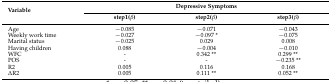
| <ROWSPAN=2> Variable | <COLSPAN=3> Depressive Symptoms |
 | step1(β) | step2(β) | step3(β) |
 | --- | --- | --- | --- |
 | Age | −0.085 | −0.071 | −0.043 |
 | Weekly work time | −0.027 | −0.097 * | −0.075 |
 | Marital status | −0.025 | 0.029 | 0.008 |
 | Having children | 0.088 | −0.004 | −0.010 |
 | WFC | - | 0.342 ** | 0.299 ** |
 | POS | - | - | −0.235 ** |
 | R2 | 0.005 | 0.116 | 0.168 |
 | ΔR2 | 0.005 | 0.111 ** | 0.052 ** |